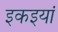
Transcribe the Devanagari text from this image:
इकइयां